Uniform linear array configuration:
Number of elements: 48
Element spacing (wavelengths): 0.5
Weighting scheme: blackman
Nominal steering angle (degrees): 30
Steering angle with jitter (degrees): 29.83
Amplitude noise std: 0.05
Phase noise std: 0.05

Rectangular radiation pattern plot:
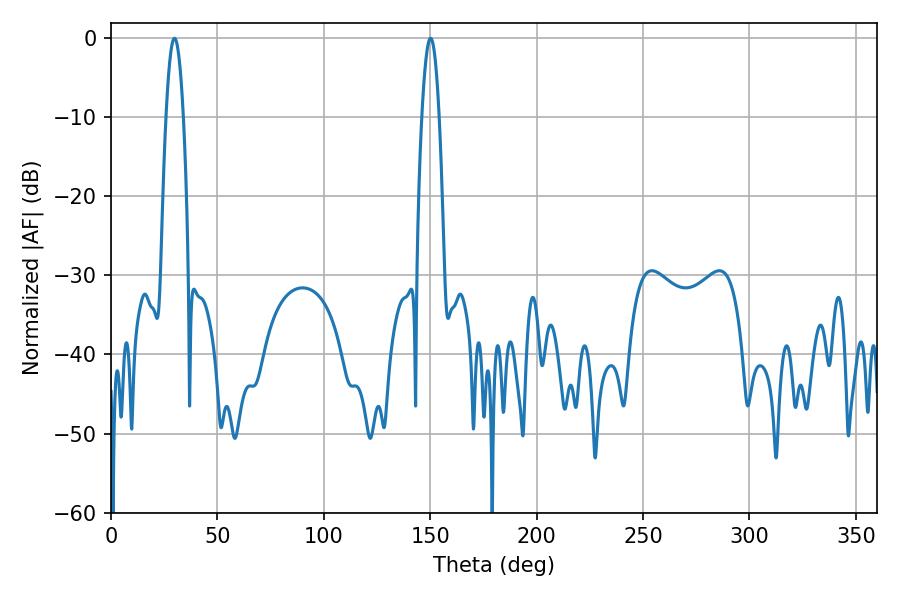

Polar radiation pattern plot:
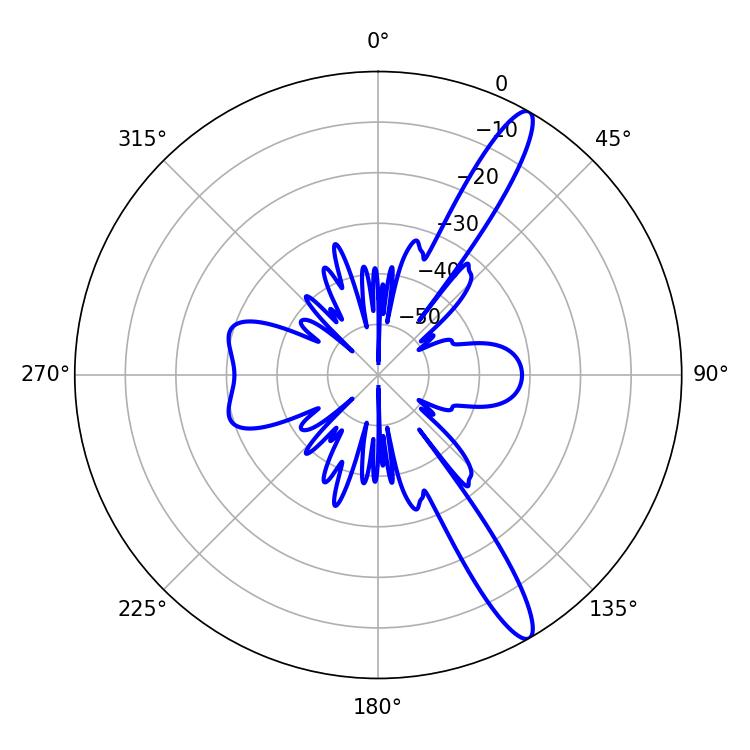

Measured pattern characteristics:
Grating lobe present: FALSE
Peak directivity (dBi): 13.776
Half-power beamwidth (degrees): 4.32
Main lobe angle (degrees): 29.88